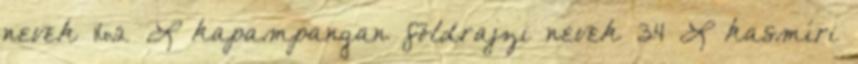
nevek‎ 162 L kapampangan földrajzi nevek‎ 34 L kasmíri